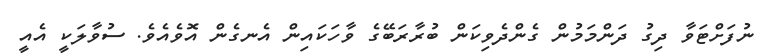
ނުފަށްޓަވާ ދިގު ދަންމަމުން ގެންދެވިކަން ބުރާރަބޭގެ ވާހަކައިން އެނގެން އޮވެއެވެ. ސުވާލަކީ އެއީ